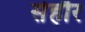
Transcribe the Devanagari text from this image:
सेहौर